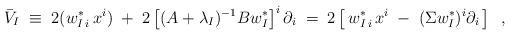
LaTeX: \begin{align*} \bar{V}_I \;\equiv\; 2(w^*_{I\,i} \, x^i) \;+\; 2 \left[(A+\lambda_I)^{-1} B w_I^* \right]^i \partial_i \;=\; 2\left[ \, w^*_{I\,i} \, x^i \;-\; (\Sigma w_I^*)^i \partial_i \, \right]\;\;, \end{align*}